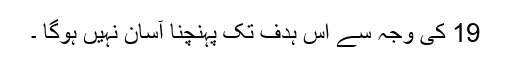
19 کی وجہ سے اس ہدف تک پہنچنا آسان نہیں ہوگا ۔